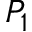
P _ { 1 }